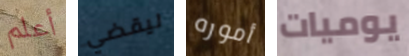
أعلم ليقضي أموره يوميات